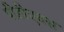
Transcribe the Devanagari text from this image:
पीडीएक्स